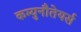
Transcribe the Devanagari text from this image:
कम्युनौतेयर्स